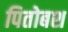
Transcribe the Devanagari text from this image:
पितोबश